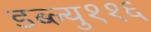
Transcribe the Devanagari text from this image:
डब्ल्यु११६